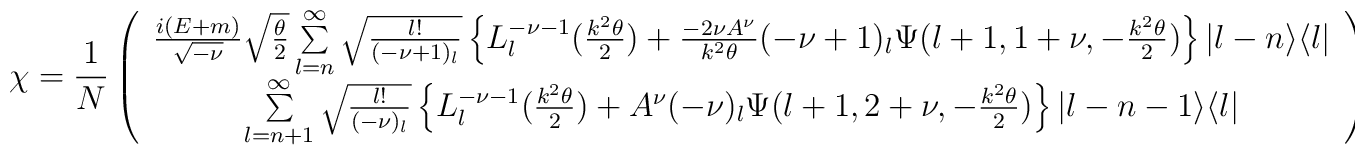
\chi = \frac{1}{N}\left(\begin{array}{c}\frac{i(E+m)}{\sqrt{-\nu}}\sqrt{\frac{\theta}{2}} \sum\limits_{l=n}^{\infty} \sqrt{\frac{l!}{(-\nu+1)_l}}\left\{L^{-\nu-1}_l(\frac{k^2\theta}{2}) + \frac{-2\nu A^{\nu}}{k^2\theta}(-\nu+1)_l \Psi(l+1, 1+\nu, -\frac{k^2\theta}{2})\right\}|l-n\rangle\langle l|\\\sum\limits_{l=n+1}^{\infty} \sqrt{\frac{l!}{(-\nu)_l}}\left\{L^{-\nu-1}_l(\frac{k^2\theta}{2}) + A^{\nu}(-\nu)_l \Psi(l+1, 2+\nu, -\frac{k^2\theta}{2})\right\}|l-n-1\rangle\langle l|\\\end{array}\right)